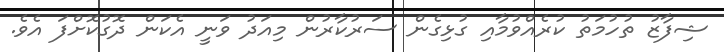
ޝިފާޒު ތުހުމަތު ކުރެއްވުމާއި ގުޅިގެން ސަރުކާރުން މިއަދު ވަނީ އެކަން ދޮގުކޮށްފަ އެވެ.